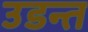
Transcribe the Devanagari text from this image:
उडन्त